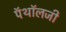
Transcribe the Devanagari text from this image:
पॅथॉलजी